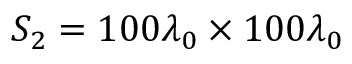
S _ { 2 } = 1 0 0 \lambda _ { 0 } \times 1 0 0 \lambda _ { 0 }